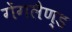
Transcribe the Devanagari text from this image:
गेंगलैण्ड